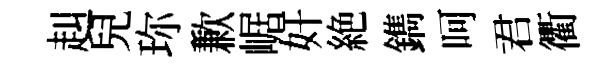
赳兒珎歉崌奸絶鐫呵君衢